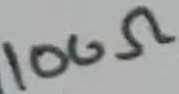
Text: 100Ω